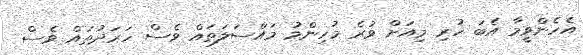
އެހެންވީމާ އެބަ ހުރި މިއަށް ވުރެ މުހިންމު މައްސަލަތައް ވެސް ހަރަދުތައް ވެސް